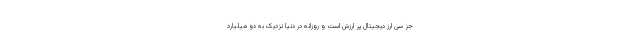
جز سی ارز دیجیتال پر ارزش است و روزانه در دنیا نزدیک به دو میلیارد